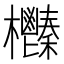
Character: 𣡎